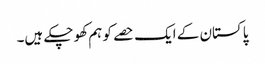
پاکستان کے ایک حصے کو ہم کھو چکے ہیں۔